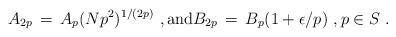
LaTeX: \begin{align*} A_{2p} \,=\, A_p (Np^2)^{1/(2p)}~, \hbox{and} B_{2p} \,=\, B_p(1 + \epsilon/p)~, p \in S~.\end{align*}